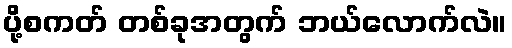
ပို့စကတ် တစ်ခုအတွက် ဘယ်လောက်လဲ။